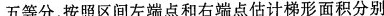
五等分，按照区间左端点和右端点估计梯形面积分别